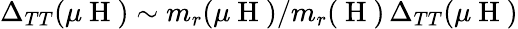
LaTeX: \Delta_{TT}(\mu\mathrm{~H~})\sim m_{r}(\mu\mathrm{~H~})/m_{r}(\mathrm{~H~})\, \Delta_{TT}(\mu\mathrm{~H~})